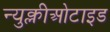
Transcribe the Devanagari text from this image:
न्युक्लीओटाइड